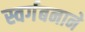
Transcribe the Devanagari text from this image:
स्वर्गबनाने